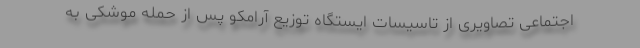
اجتماعی تصاویری از تاسیسات ایستگاه توزیع آرامکو پس از حمله موشکی به